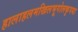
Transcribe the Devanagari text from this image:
हालाहलमखिलभूगोलकृपया